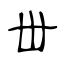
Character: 丗